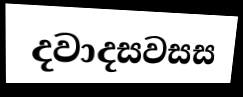
දවාදසවසස